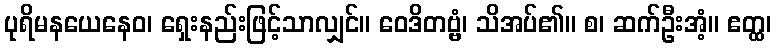
ပုရိမနယေနေဝ၊ ရှေးနည်းဖြင့်သာလျှင်။ ဝေဒိတဗ္ဗံ၊ သိအပ်၏။ စ၊ ဆက်ဦးအံ့။ ဧတ္ထ၊